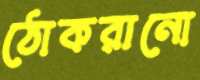
ঠোকরানো